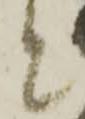
と